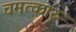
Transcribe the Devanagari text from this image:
चमत्कारू